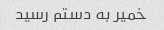
خمیر به دستم رسید